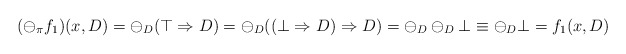
\begin{align*}(\ominus_\pi f_1)(x,D) = \ominus_D (\top \Rightarrow D) = \ominus_D ((\bot \Rightarrow D) \Rightarrow D) = \ominus_D\ominus_D \bot \equiv \ominus_D\bot = f_1(x,D)\end{align*}